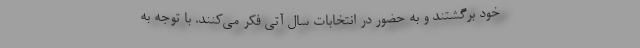
خود برگشتند و به حضور در انتخابات سال آتی فکر می‌کنند. با توجه به